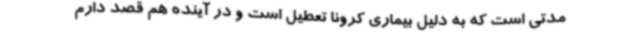
مدتی است که به دلیل بیماری کرونا تعطیل است و در آینده هم قصد دارم